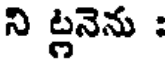
ని ట్లనెను :